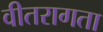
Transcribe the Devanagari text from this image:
वीतरागता